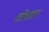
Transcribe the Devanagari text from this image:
शोधग्राम